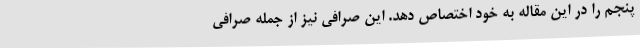
پنجم را در این مقاله به خود اختصاص دهد. این صرافی نیز از جمله صرافی